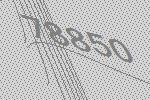
78850